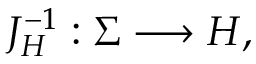
J _ { H } ^ { - 1 } : \Sigma \longrightarrow H ,